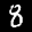
Label: 8